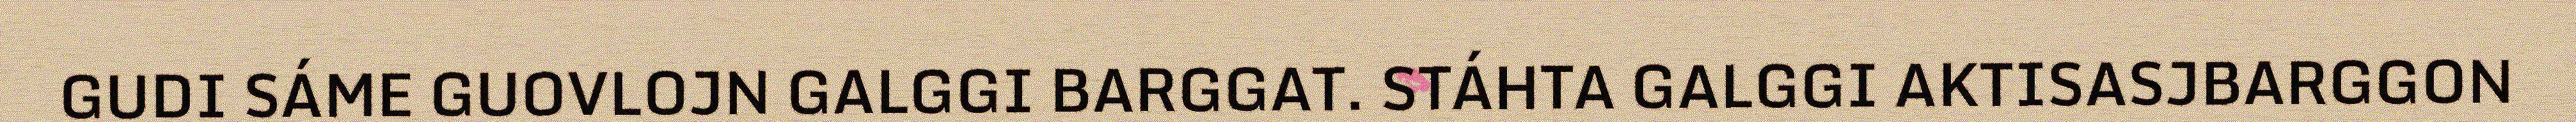
GUDI SÁME GUOVLOJN GALGGI BARGGAT. STÁHTA GALGGI AKTISASJBARGGON